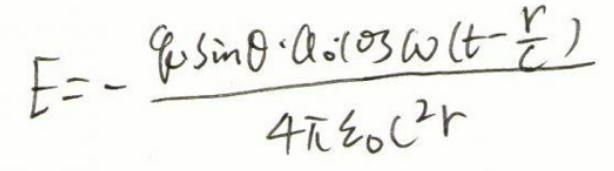
\[
E = - \frac{q \sin\theta \cdot a_0 \cos\omega (t - \frac{r}{c})}{4\pi \varepsilon_0 c^2 r}
\]